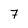
Character: 7